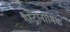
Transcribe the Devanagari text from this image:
गैस्ट्रोनोमिक